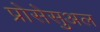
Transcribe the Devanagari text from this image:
प्रोसेसुअल